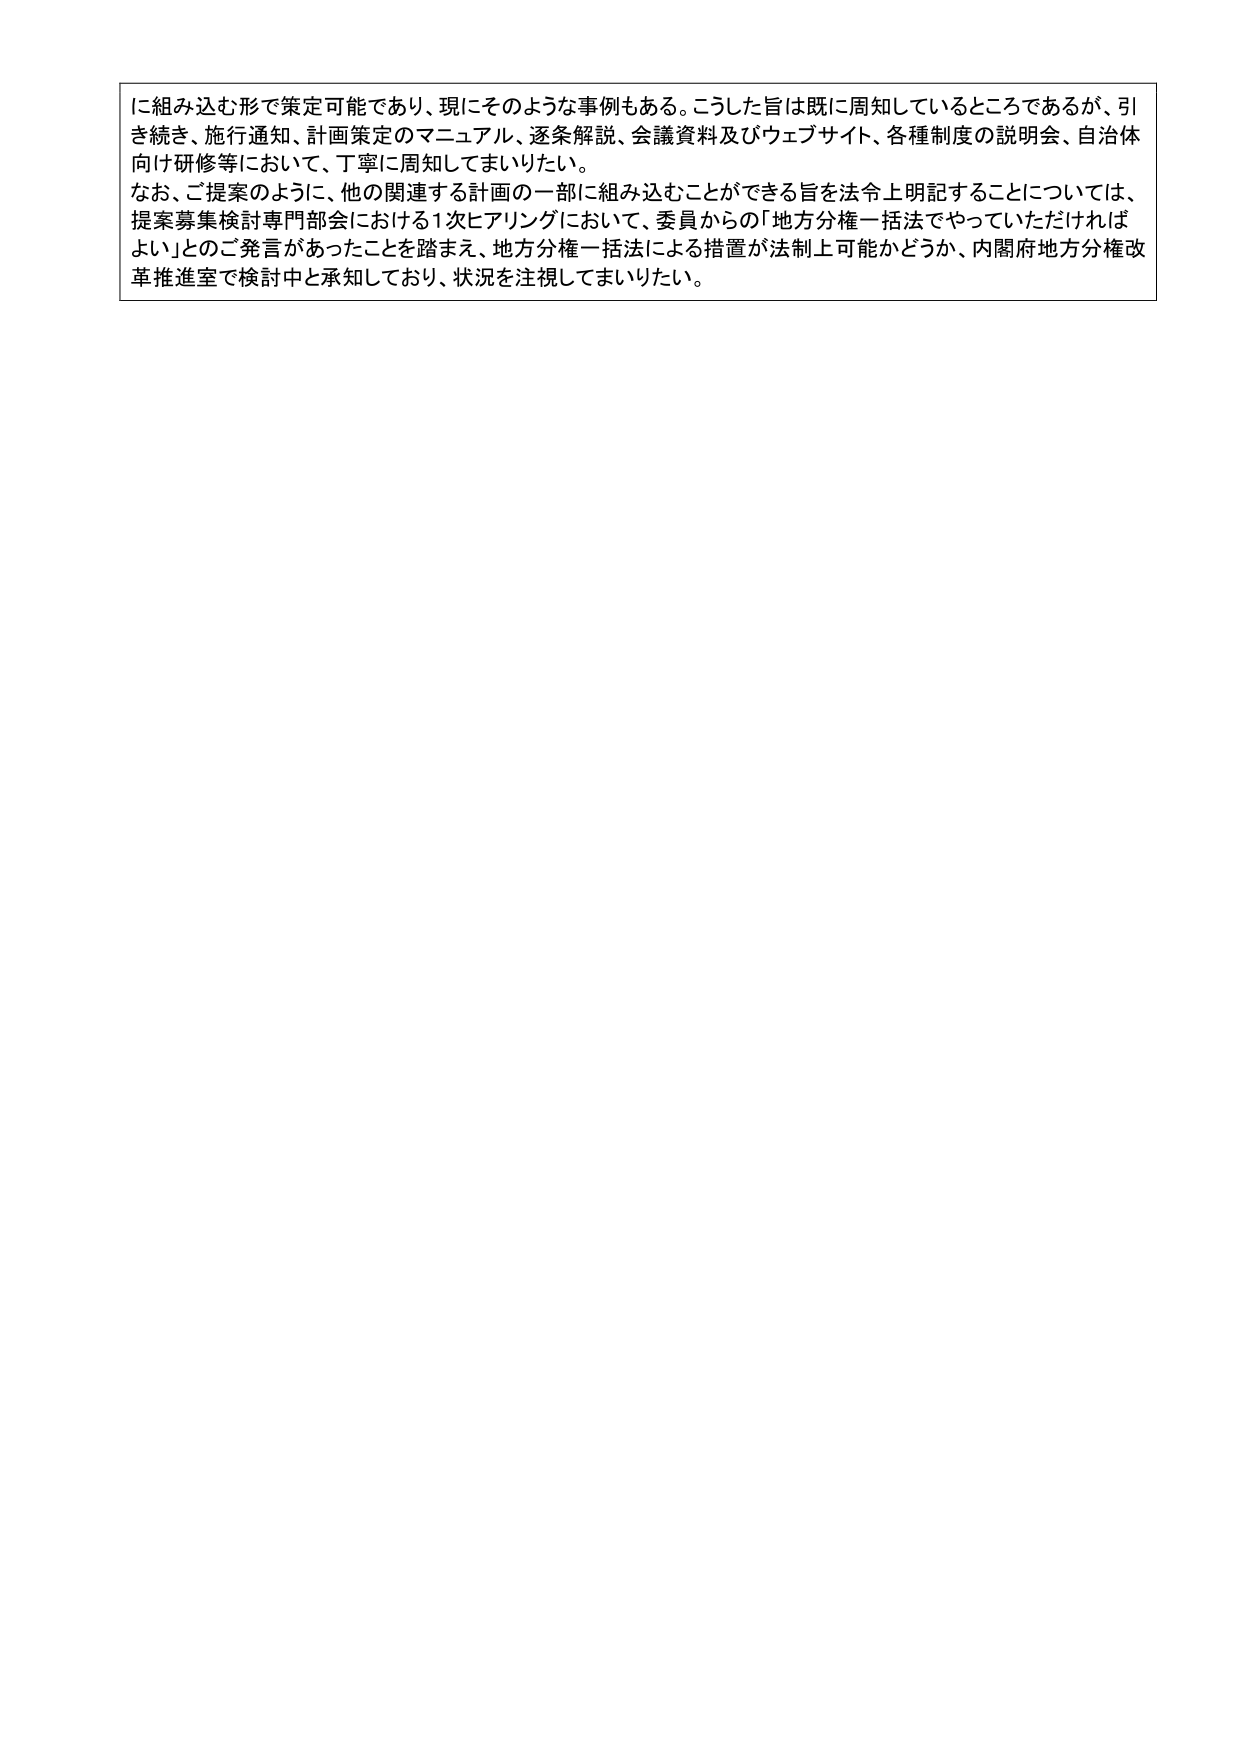
に組み込む形で策定可能であり、現にそのような事例もある。こうした旨は既に周知しているところであるが、引き続き、施行通知、計画策定のマニュアル、逐条解説、会議資料及びウェブサイト、各種制度の説明会、自治体向け研修等において、丁寧に周知してまいりたい。

なお、ご提案のように、他の関連する計画の一部に組み込むことができる旨を法令上明記することについては、提案募集検討専門部会における1次ヒアリングにおいて、委員からの「地方分権一括法でやっていただければよい」とのご発言があったことを踏まえ、地方分権一括法による措置が法制上可能かどうか、内閣府地方分権改革推進室で検討中と承知しており、状況を注視してまいりたい。